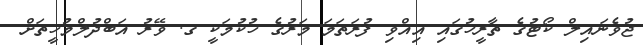
ޖުވެނައިލް ކޯޓުގެ ތާރީޚުގައި އިއްވި ފުރަތަމަ މަރުގެ ހުކުމަކީ ގ. ވޭރު އަބްދުލްމުހީތަށް